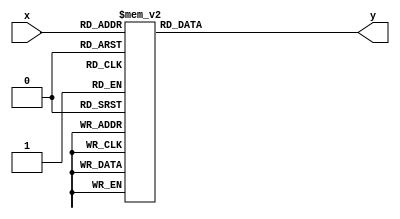
module Second(x,y);
	input [3:0]x;
	output [7:0]y;
	reg [7:0]y;
		always @(x)
			case(x)
				4'b0000:y=8'b11111100;
				4'b0001:y=8'b01100000;
				4'b0010:y=8'b11011010;
				4'b0011:y=8'b11110010;
				4'b0100:y=8'b01100110;
				4'b0101:y=8'b10110110;
				4'b0110:y=8'b10111110;
				4'b0111:y=8'b11100000;
				4'b1000:y=8'b11111110;
				4'b1001:y=8'b11110110;
				4'b1010:y=8'b00000010;
				default:y=8'b00000000;
			endcase
endmodule